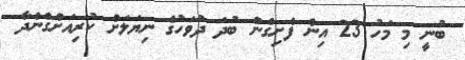
ބުނީ މި މަހު 23 އިން ފެށިގެން ބުދަ ދުވަހުގެ ނިޔަލަށް ކުރިއަށްގެންދާ